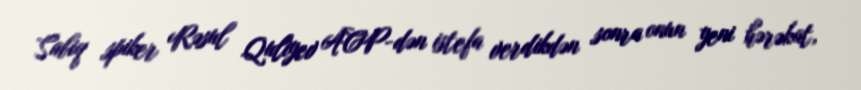
Sabiq spiker Rəsul Quliyev ACP-dən istefa verdikdən sonra onun yeni hərəkat,